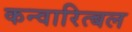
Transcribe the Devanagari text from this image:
कन्वारित्बल